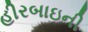
હીરબાઇની